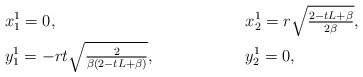
\begin{align*}& x^1_1=0, && x_2^1=r\sqrt{\tfrac{2-tL+\beta}{2\beta}},\\& y_1^1=-rt\sqrt{\tfrac{2}{\beta\left(2-tL+\beta\right)}},&& y^1_2=0,\end{align*}